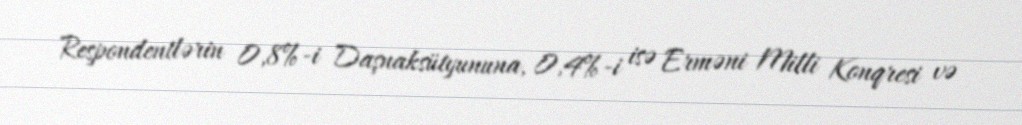
Respondentlərin 0,8%-i Daşnaksütyununa, 0,4%-i isə Erməni Milli Konqresi və